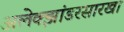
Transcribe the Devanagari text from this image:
अलेक्झांडरसारखा